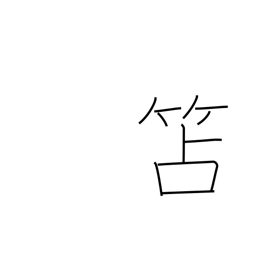
Meaning: wooden writing slate